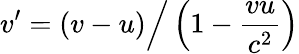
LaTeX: v^{\prime}=(v-u){\Big/}\left(1-{\frac{vu}{c^{2}}}\right)